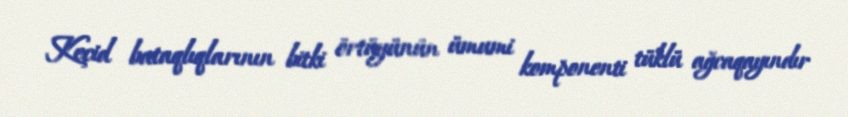
Keçid bataqlıqlarının bitki örtüyünün ümumi komponenti tüklü ağcaqayındır